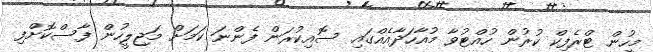
މީހުން ޓްރެފިކް ކުރުން ހުއްޓުވާ މުއާހަދާއެއްގައި ސޮއިކުރަން ފެންނަ ކަމަށް މަޖިލީހުން ފާސްކޮށްފި